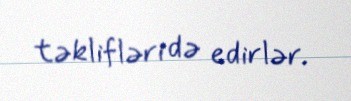
təklifləri də edirlər.